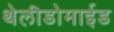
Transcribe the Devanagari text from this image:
थेलीडोमाईड